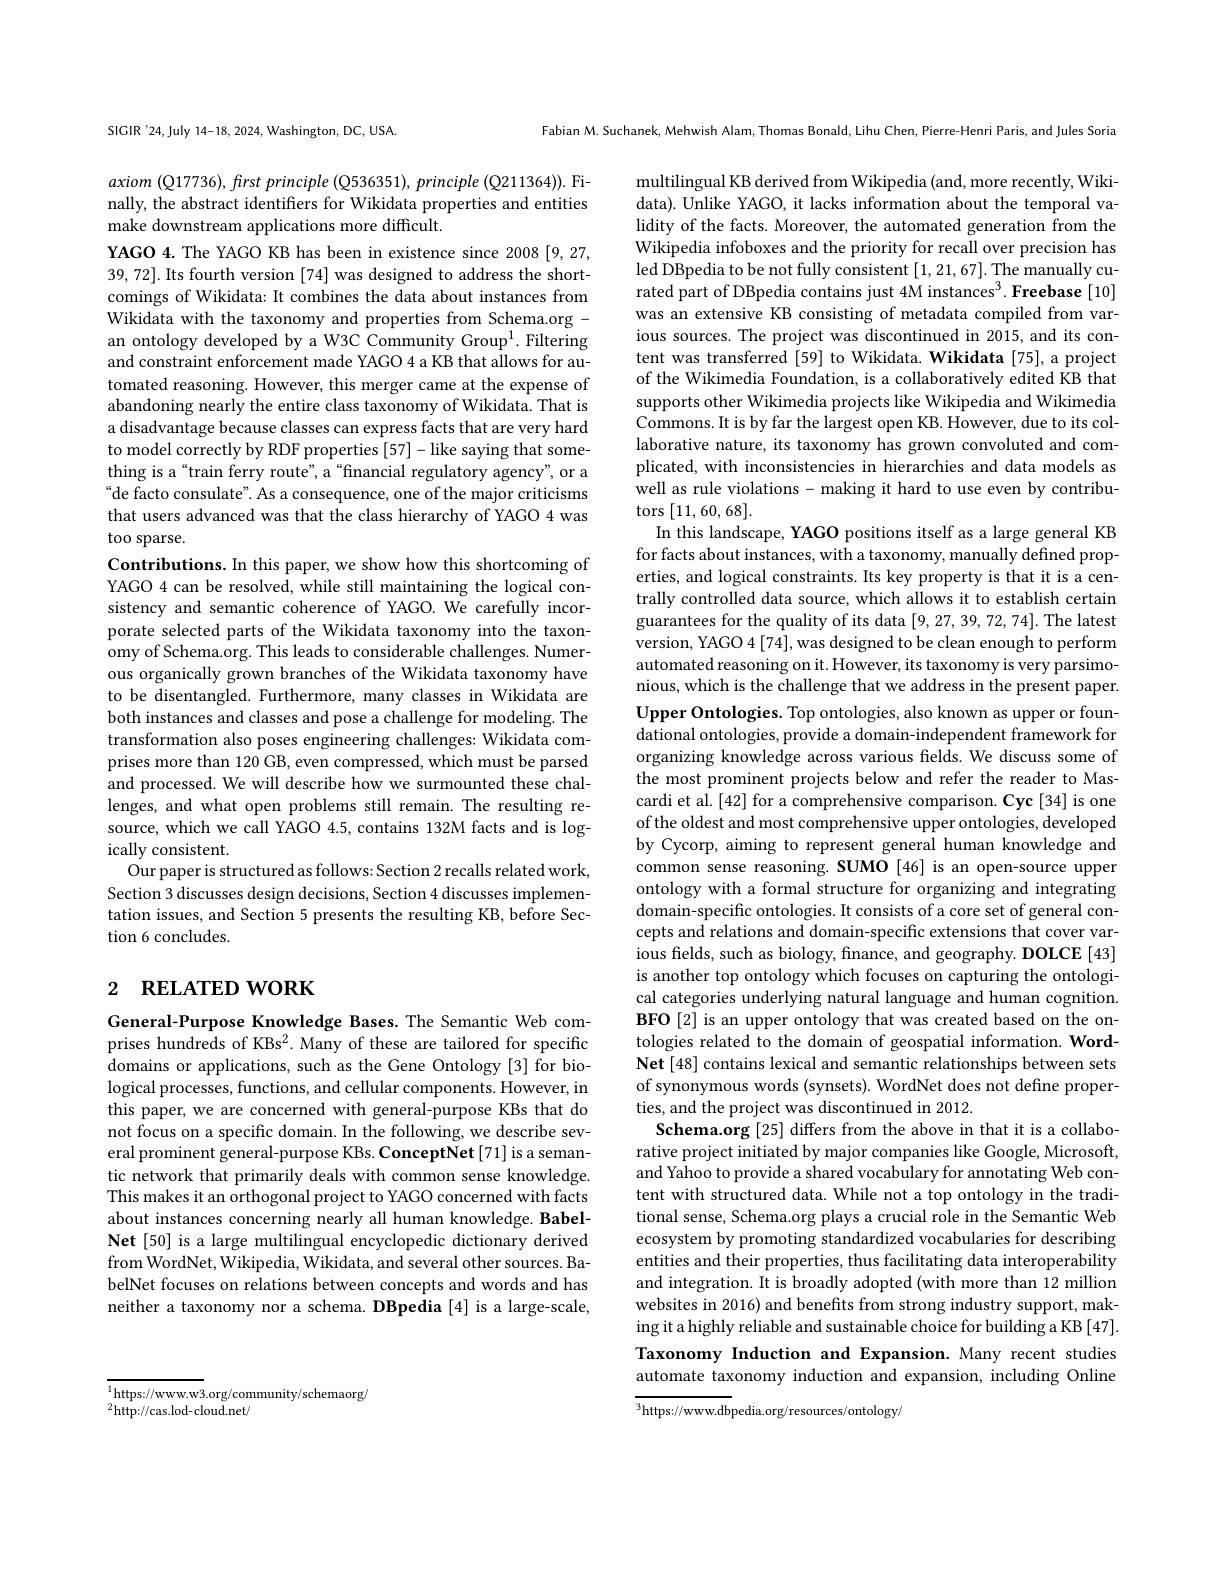
SICIR'24,July 14-18, 2024, Washington, DC, USA.

Fabian M. Suchanek, Mehwish Alam, Thomas Bonald, Lihu Chen, Pierre-Henri Paris, and Jules Soria

axiom (Q17736), first principle (Q536351), principle (Q211364)). Finally, the abstract identifiers for Wikidata properties and entities make downstream applications more difficult.

YAGO 4. The YAGO KB has been in existence since 2008 [9,27, 39, 72]. Its fourth version [74] was designed to address the shortcomings of Wikidata: It combines the data about instances from Wikidata with the taxonomy and properties from Schema.org - an ontology developed by a W3C Community Group$^1.$ Filtering and constraint enforcement made YAGO 4 a KB that allows for automated reasoning. However, this merger came at the expense of abandoning nearly the entire class taxonomy of Wikidata. That is a disadvantage because classes can express facts that are very hard to model correctly by RDF properties [57]-like saying that something is a“train ferry route”, a“financial regulatory agency", or a “de facto consulate". As a consequence, one of the major criticisms that users advanced was that the class hierarchy of YAGO 4 was too sparse.
Contributions. In this paper, we show how this shortcoming of YAGO 4 can be resolved, while still maintaining the logical consistency and semantic coherence of YAGO. We carefully incorporate selected parts of the Wikidata taxonomy into the taxonomy of Schema.org. This leads to considerable challenges. Numerous organically grown branches of the Wikidata taxonomy have to be disentangled. Furthermore, many classes in Wikidata are both instances and classes and pose a challenge for modeling. The transformation also poses engineering challenges: Wikidata comprises more than 120 GB, even compressed, which must be parsed and processed. We will describe how we surmounted these challenges, and what open problems still remain. The resulting resource, which we call YAGO 4.5, contains 132M facts and is logically consistent.
Our paper is structured as follows: Section 2 recalls related work, Section 3 discusses design decisions, Section 4 discusses implementation issues, and Section 5 presents the resulting KB, before Section 6 concludes.

# 2 RELATED WORK

General-Purpose Knowledge Bases. The Semantic Web comprises hundreds of KBs$^2.$ Many of these are tailored for specific domains or applications, such as the Gene Ontology [3] for biological processes, functions, and cellular components. However, in this paper, we are concerned with general-purpose KBs that do not focus on a specific domain. In the following, we describe several prominent general-purpose KBs. ConceptNet[71] is a semantic network that primarily deals with common sense knowledge. This makes it an orthogonal project to YAGO concerned with facts about instances concerning nearly all human knowledge. BabelNet [50] is a large multilingual encyclopedic dictionary derived from WordNet, Wikipedia, Wikidata, and several other sources. BabelNet focuses on relations between concepts and words and has neither a taxonomy nor a schema. DBpedia [4] is a large-scale,

multilingual KB derived from Wikipedia (and, more recently, Wikidata). Unlike YAGO, it lacks information about the temporal validity of the facts. Moreover, the automated generation from the Wikipedia infoboxes and the priority for recall over precision has led DBpedia to be not fully consistent [1,21,67]. The manually curated part of DBpedia contains just 4M instances$^3. \textbf{Freebase[ 10] }$ was an extensive KB consisting of metadata compiled from various sources. The project was discontinued in 2015, and its content was transferred [59] to Wikidata. Wikidata [75], a project of the Wikimedia Foundation, is a collaboratively edited KB that supports other Wikimedia projects like Wikipedia and Wikimedia Commons. It is by far the largest open KB. However, due to its collaborative nature, its taxonomy has grown convoluted and complicated, with inconsistencies in hierarchies and data models as well as rule violations - making it hard to use even by contributors [11,60,68].
In this landscape, YAGO positions itself as a large general KB for facts about instances, with a taxonomy, manually defined properties, and logical constraints. Its key property is that it is a centrally controlled data source, which allows it to establish certain guarantees for the quality of its data [9,27,39,72,74]. The latest version, YAGO 4 [74], was designed to be clean enough to perform automated reasoning on it. However, its taxonomy is very parsimonious, which is the challenge that we address in the present paper. Upper Ontologies. Top ontologies, also known as upper or foundational ontologies, provide a domain-independent framework for organizing knowledge across various fields. We discuss some of the most prominent projects below and refer the reader to Mascardi et al.[42] for a comprehensive comparison. Cyc [34] is one of the oldest and most comprehensive upper ontologies, developed by Cycorp, aiming to represent general human knowledge and common sense reasoning. SUMO [46] is an open-source upper ontology with a formal structure for organizing and integrating domain-specific ontologies. It consists of a core set of general concepts and relations and domain-specific extensions that cover various fields, such as biology, finance, and geography. DOLCE [43] is another top ontology which focuses on capturing the ontological categories underlying natural language and human cognition. BFO[2] is an upper ontology that was created based on the ontologies related to the domain of geospatial information. WordNet [48] contains lexical and semantic relationships between sets of synonymous words (synsets). WordNet does not define properties, and the project was discontinued in 2012.
Schema.org [25] differs from the above in that it is a collaborative project initiated by major companies like Google, Microsoft, and Yahoo to provide a shared vocabulary for annotating Web content with structured data. While not a top ontology in the traditional sense, Schema.org plays a crucial role in the Semantic Web ecosystem by promoting standardized vocabularies for describing entities and their properties, thus facilitating data interoperability and integration. It is broadly adopted (with more than 12 million websites in 2016) and benefits from strong industry support, making it a highly reliable and sustainable choice for building a KB [47]. Taxonomy Induction and Expansion. Many recent studies automate taxonomy induction and expansion, including Online

$^{3}$https://www.dbpedia.org/resources/ontology/

$^{1}$https://www.w3.org/community/schemaorg/
${}^{2}$http: / / cas. lod- cloud. net/